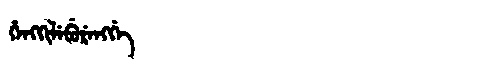
Manchu: ᡥᡝᠩᡴᡳᠯᡝᠪᡠᡵᡝᠩᡤᡝ
Romanization: HENGKILEBURENGGE